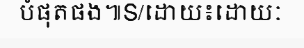
បំផុតផង៕S/ដោយ៖ដោយៈ